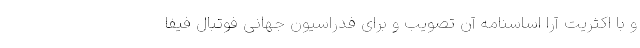
و با اکثریت آرا اساسنامه آن تصویب و برای فدراسیون جهانی فوتبال فیفا